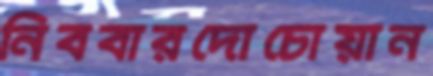
নিববারদোচোয়ান